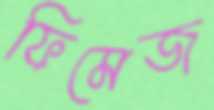
ফিমেজ